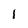
Character: l